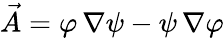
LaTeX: {\vec{A}}=\varphi\, \nabla\psi-\psi\, \nabla\varphi